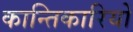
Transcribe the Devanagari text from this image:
कान्तिकारियों